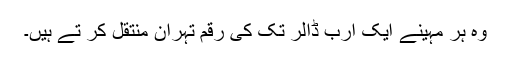
وہ ہر مہینے ایک ارب ڈالر تک کی رقم تہران منتقل کر تے ہیں۔